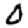
Digit: 0